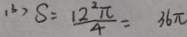
( 3 ) S = \frac { 1 2 ^ { 2 } \pi } { 4 } = 3 6 \pi